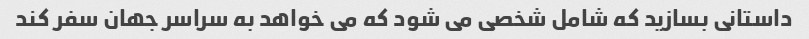
داستانی بسازید که شامل شخصی می شود که می خواهد به سراسر جهان سفر کند